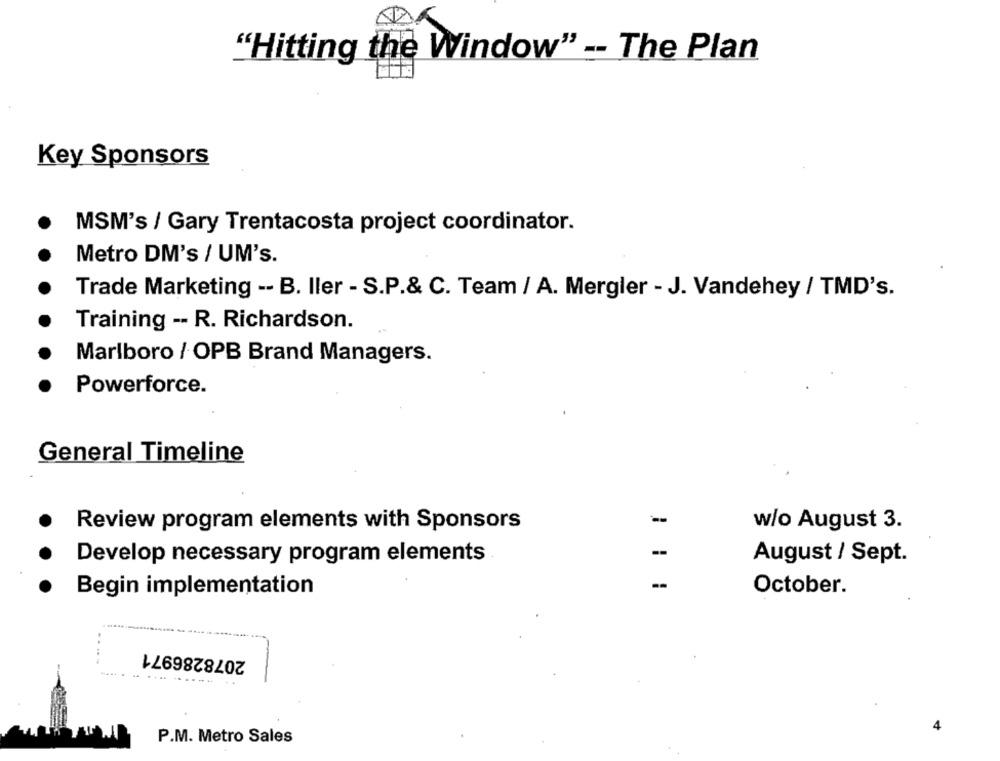
"Hitting the Window" -- The Plan
Key Sponsors
MSM's / Gary Trentacosta project coordinator.
Metro DM's / UM's.
Trade Marketing -- B. Iler - S.P.& C. Team / A. Mergler - J. Vandehey / TMD's.
Training -- R. Richardson.
Marlboro / OPB Brand Managers.
Powerforce.
General Timeline
Review program elements with Sponsors
-
w/o August 3.
Develop necessary program elements
August / Sept.
--
Begin implementation
October.
2078286971
P.M. Metro Sales